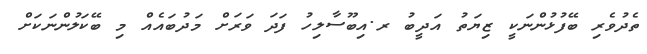
ތެދުވެރި ބޭފުޅުންނަކީ ޒިޔަތު އަދީބު ރ.އިބޫސާލިހު ފަދަ ވަރަށް މަދުބައެއް މި ބޭކަލުންނަކަށް